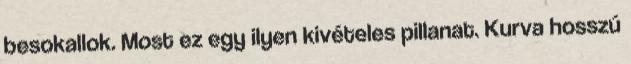
besokallok. Most ez egy ilyen kivételes pillanat. Kurva hosszú